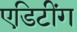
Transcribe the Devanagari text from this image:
एडिटींग